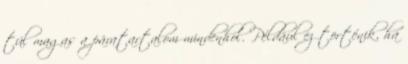
túl magas a páratartalom mindenhol. Például ez történik, ha